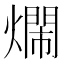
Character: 𤐛